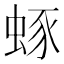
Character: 䖶